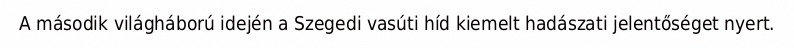
A második világháború idején a Szegedi vasúti híd kiemelt hadászati jelentőséget nyert.